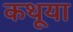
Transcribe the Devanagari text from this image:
कथूया